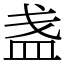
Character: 盏